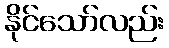
နိုင်သော်လည်း